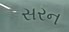
સરન